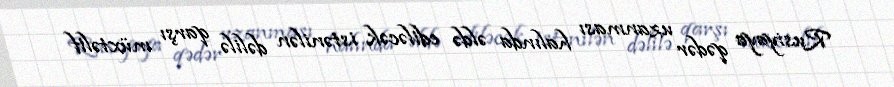
Rusiyaya qədər uzanması halında əldə ediləcək istənilən dəlilə qarşı müxtəlif